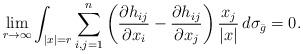
LaTeX: \begin{align*}\lim_{r\to \infty} \int_{|x|=r} \sum_{i,j=1}^n \left( \frac{\partial h_{ij}}{\partial x_i} - \frac{\partial h_{ij}}{\partial x_j}\right) \frac{x_j}{|x|} \, d\sigma_{\bar g}=0. \end{align*}